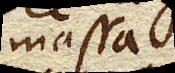
massa